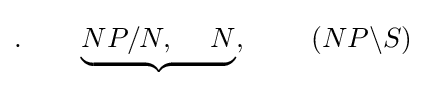
.\qquad \underbrace {NP/N,\;\quad N} ,\;\qquad (NP\backslash S)